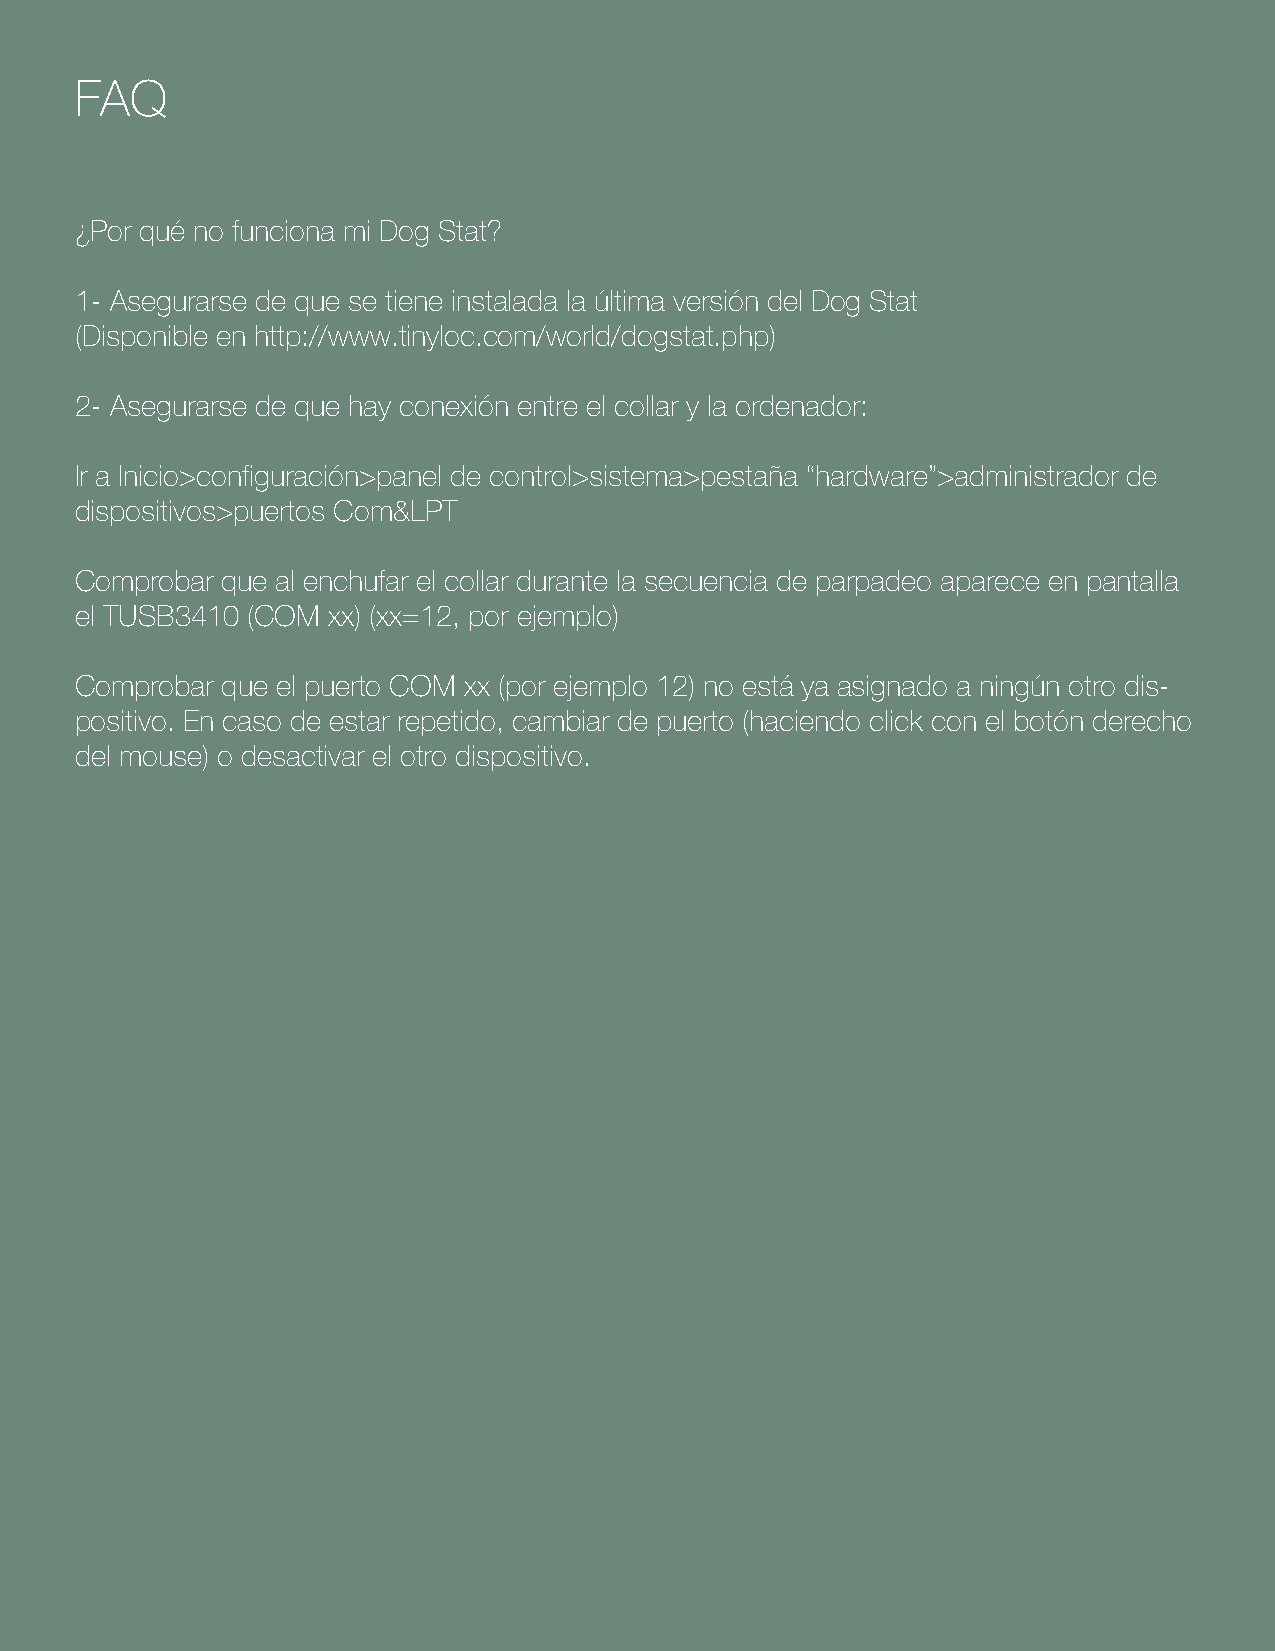
FAQ
 ¿Por qué no funciona mi Dog Stat?
 1- Asegurarse de que se tiene instalada la última versión del Dog Stat
 (Disponible en http://www tinyloc com/world/dogstat php)
 2- Asegurarse de que hay conexión entre el collar y la ordenador:
 Ir a Inicio>configuración>panel de control>sistema>pestaña “hardware”>administrador de
 dispositivos>puertos Com&LPT
 Comprobar que al enchufar el collar durante la secuencia de parpadeo aparece en pantalla
 el TUSB3410 (COM xx) (xx=12, por ejemplo)
 Comprobar que el puerto COM xx (por ejemplo 12) no está ya asignado a ningún otro dis-
 positivo En caso de estar repetido, cambiar de puerto (haciendo click con el botón derecho
 del mouse) o desactivar el otro dispositivo